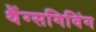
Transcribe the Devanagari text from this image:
थैंग्सगिविंग